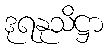
ဒုရနုသိဋ္ဌာ